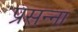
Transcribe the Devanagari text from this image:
प्रसन्‍ना